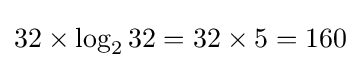
32\times \log _{2}32=32\times 5=160